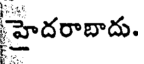
హైదరాబాదు.